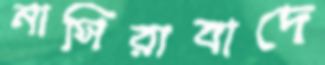
নাসিরাবাদে